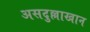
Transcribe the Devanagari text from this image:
असदुल्लाखान